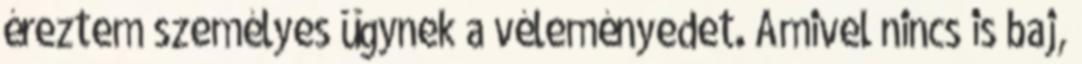
éreztem személyes ügynek a véleményedet. Amivel nincs is baj,